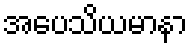
အပေသိယမာနာ